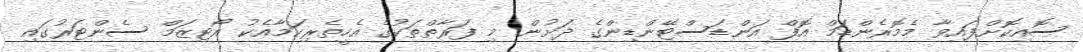
ސޮއިކޮށްފައިވާ މެމޮރެންޑަމް އޮފް އަންޑަސްޓޭންޑިންގެ ދަށުން މި ފަރާތްތަކުގެ އެހީތެރިކަމާއެކު އޯޓިޒަމް ސެންޓަރުގައި